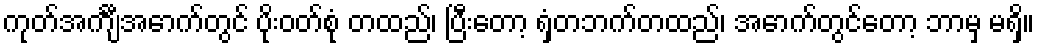
ကုတ်အင်္ကျီအောက်တွင် ပိုးဝတ်စုံ တထည်၊ ပြီးတော့ ရှံတဘက်တထည်၊ အောက်တွင်တော့ ဘာမှ မရှိ။